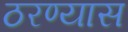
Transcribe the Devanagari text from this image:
ठरण्यास